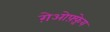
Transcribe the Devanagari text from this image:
ग़ेओफ़्फ़्रेय